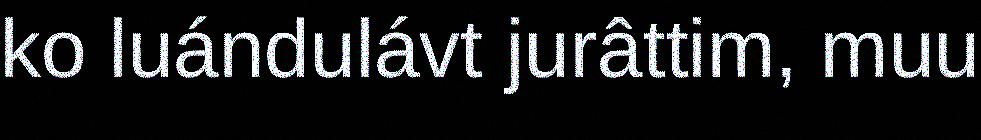
ko luándulávt jurâttim, muu